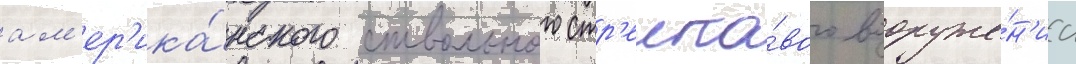
ам'ер'ика́нского ствольного стр'елко́вого вооруже́н'иа